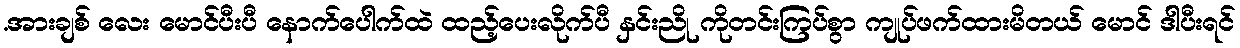
.အားချစ် လေး မောင်ပီးပီ နောက်ပေါက်ထဲ ထည့်ပေးလိုက်ပီ နှင်းညို ကိုတင်းကြပ်စွာ ကျုပ်ဖက်ထားမိတယ် မောင် ဒါပီးရင်